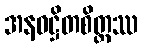
အနဝဋ္ဌိတစိတ္တဿ